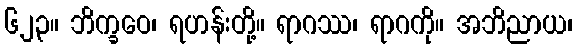
၆၂၃။ ဘိက္ခဝေ၊ ရဟန်းတို့။ ရာဂဿ၊ ရာဂကို။ အဘိညာယ၊